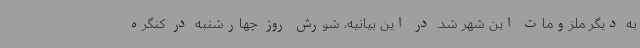
به دیگر ملزومات این شهر شد. در این بیانیه، شورش روز چهارشنبه در کنگره